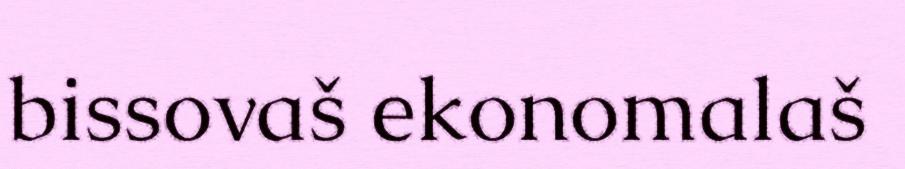
bissovaš ekonomalaš